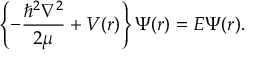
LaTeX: \left\{ - \frac { \hbar ^ { 2 } \nabla ^ { 2 } } { 2 \mu } + V ( r ) \right\} \Psi ( r ) = E \Psi ( r ) .